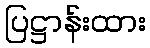
ပြဋ္ဌာန်းထား